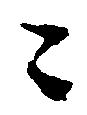
々